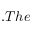
. T h e